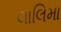
લાલિમા